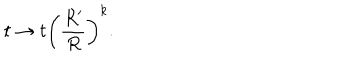
LaTeX: t \rightarrow t \left( \frac { R ^ { \prime } } { R } \right) ^ { k } .